Annual administration report of the Civil Veterinary Department, Ajmere-Merwara, British Rajputana - 1914-1940
Year: 1914
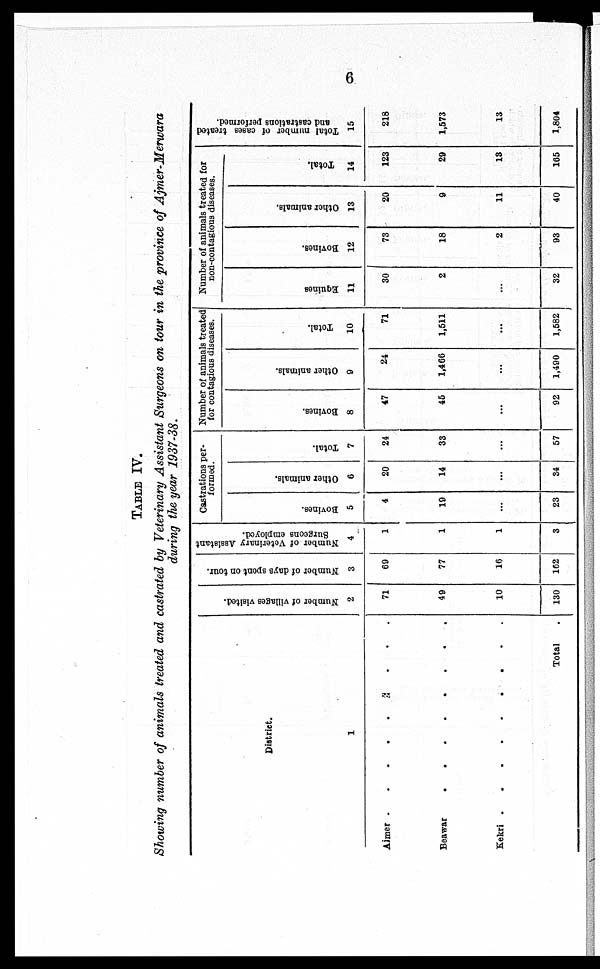
6
TABLE IV.
Showing number of animals treated and castrated by Veterinary Assistant Surgeons on tour in the province of Ajmer-Merwara
during the year 1937-38.
District.
1
Ajmer . . . . . . . . .
Beawar . . . . . . . . .
Kekri . . . . . . . . .
Total .
Number of villages visited.
2
71
49
10
130
Number of days spoilt on tour.
3
69
77
16
162
Number of Veterinary Assistant
Burgeons employed.
4
1
1
1
3
Castrations per-
-------
Bovines.
5
4
19
...
23
Other animals.
6
20
14
...
34
Total.
7
24
33
...
57
Number of animals treated
for contagious diseases.
Bovines.
8
47
45
...
92
Other animals.
9
24
1,466
...
1,490
Total.
10
71
1,511
...
1,582
Number of animals treated for
non-contagious diseases.
Equines
11
30
2
...
32
Bovines.
12
73
18
2
93
Other animals.
13
20
9
11
40
Total.
14
123
29
13
165
Total number of cases treated
and castrations performed.
15
218
1,573
13
1,804